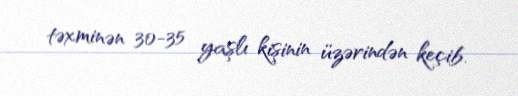
təxminən 30-35 yaşlı kişinin üzərindən keçib.